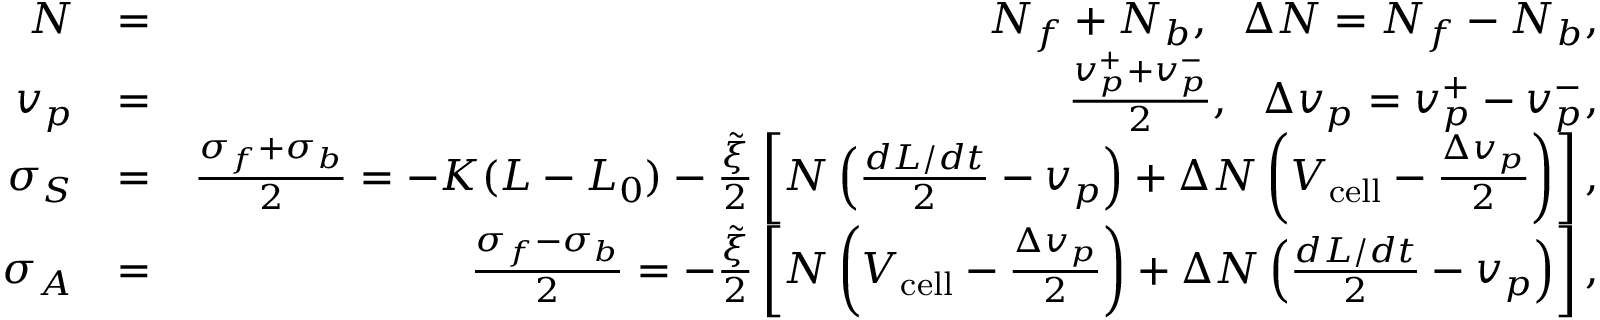
\begin{array} { r l r } { N } & { = } & { N _ { f } + N _ { b } , \ \ \Delta N = N _ { f } - N _ { b } , } \\ { v _ { p } } & { = } & { \frac { v _ { p } ^ { + } + v _ { p } ^ { - } } { 2 } , \ \ \Delta v _ { p } = v _ { p } ^ { + } - v _ { p } ^ { - } , } \\ { \sigma _ { S } } & { = } & { \frac { \sigma _ { f } + \sigma _ { b } } { 2 } = - K ( L - L _ { 0 } ) - \frac { \tilde { \xi } } { 2 } \left[ N \left( \frac { d L / d t } { 2 } - v _ { p } \right) + \Delta N \left( V _ { \mathrm { c e l l } } - \frac { \Delta v _ { p } } { 2 } \right) \right] , } \\ { \sigma _ { A } } & { = } & { \frac { \sigma _ { f } - \sigma _ { b } } { 2 } = - \frac { \tilde { \xi } } { 2 } \left[ N \left( V _ { \mathrm { c e l l } } - \frac { \Delta v _ { p } } { 2 } \right) + \Delta N \left( \frac { d L / d t } { 2 } - v _ { p } \right) \right] , } \end{array}